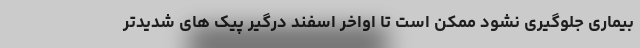
بیماری جلوگیری نشود ممکن است تا اواخر اسفند درگیر پیک های شدیدتر